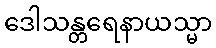
ဒေါသန္တရေနာယသ္မာ